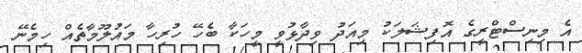
އެ މިނިސްޓްރީގެ އޮފިޝަލަކު މިއަދު ވިދާޅުވީ މީހަކާ ބެހޭ ހުރިހާ މައުލޫމާތެއް ހިމެނޭ